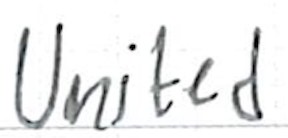
Text: United
Cross-out: clean
Writing tool: ballpoint